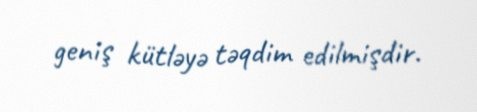
geniş kütləyə təqdim edilmişdir.